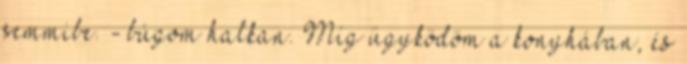
semmibe. - búgom halkan. Míg ügyködöm a konyhában, és